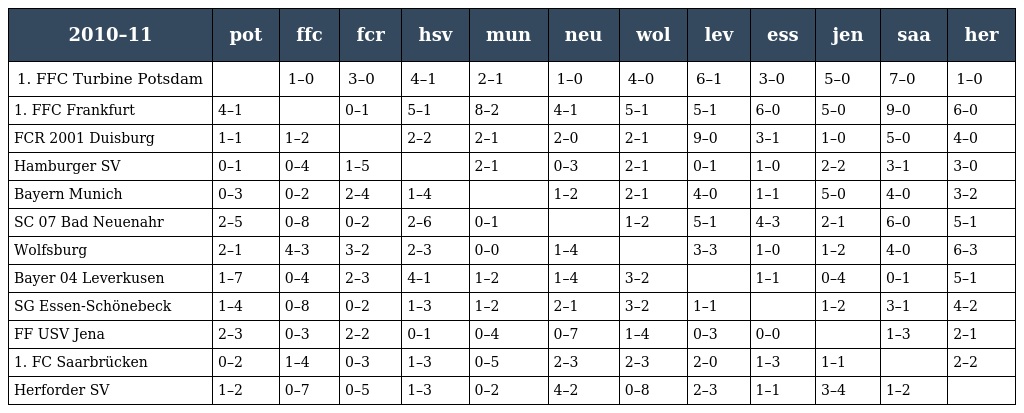
| 2010–11 | pot | ffc | fcr | hsv | mun | neu | wol | lev | ess | jen | saa | her |
 | --- | --- | --- | --- | --- | --- | --- | --- | --- | --- | --- | --- | --- |
 | 1. FFC Turbine Potsdam |  | 1–0 | 3–0 | 4–1 | 2–1 | 1–0 | 4–0 | 6–1 | 3–0 | 5–0 | 7–0 | 1–0 |
 | 1. FFC Frankfurt | 4–1 |  | 0–1 | 5–1 | 8–2 | 4–1 | 5–1 | 5–1 | 6–0 | 5–0 | 9–0 | 6–0 |
 | FCR 2001 Duisburg | 1–1 | 1–2 |  | 2–2 | 2–1 | 2–0 | 2–1 | 9–0 | 3–1 | 1–0 | 5–0 | 4–0 |
 | Hamburger SV | 0–1 | 0–4 | 1–5 |  | 2–1 | 0–3 | 2–1 | 0–1 | 1–0 | 2–2 | 3–1 | 3–0 |
 | Bayern Munich | 0–3 | 0–2 | 2–4 | 1–4 |  | 1–2 | 2–1 | 4–0 | 1–1 | 5–0 | 4–0 | 3–2 |
 | SC 07 Bad Neuenahr | 2–5 | 0–8 | 0–2 | 2–6 | 0–1 |  | 1–2 | 5–1 | 4–3 | 2–1 | 6–0 | 5–1 |
 | Wolfsburg | 2–1 | 4–3 | 3–2 | 2–3 | 0–0 | 1–4 |  | 3–3 | 1–0 | 1–2 | 4–0 | 6–3 |
 | Bayer 04 Leverkusen | 1–7 | 0–4 | 2–3 | 4–1 | 1–2 | 1–4 | 3–2 |  | 1–1 | 0–4 | 0–1 | 5–1 |
 | SG Essen-Schönebeck | 1–4 | 0–8 | 0–2 | 1–3 | 1–2 | 2–1 | 3–2 | 1–1 |  | 1–2 | 3–1 | 4–2 |
 | FF USV Jena | 2–3 | 0–3 | 2–2 | 0–1 | 0–4 | 0–7 | 1–4 | 0–3 | 0–0 |  | 1–3 | 2–1 |
 | 1. FC Saarbrücken | 0–2 | 1–4 | 0–3 | 1–3 | 0–5 | 2–3 | 2–3 | 2–0 | 1–3 | 1–1 |  | 2–2 |
 | Herforder SV | 1–2 | 0–7 | 0–5 | 1–3 | 0–2 | 4–2 | 0–8 | 2–3 | 1–1 | 3–4 | 1–2 |  |